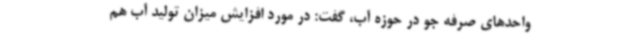
واحدهای صرفه جو در حوزه آب، گفت: در مورد افزایش میزان تولید آب هم